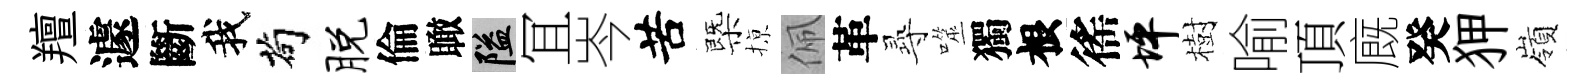
羶遽斷我茍脱倫瞰隘冝岑苦㮣𢱊佩革𡬶噬獨根徭坪樹喻頂廐癸狎嶺